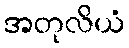
အတုလိယံ